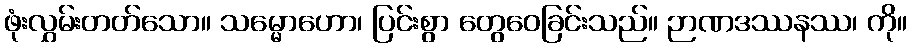
ဖုံးလွှမ်းတတ်သော။ သမ္မောဟော၊ ပြင်းစွာ တွေဝေခြင်းသည်။ ဉာဏဒဿနဿ၊ ကို။